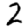
Digit: 2